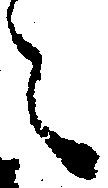
え